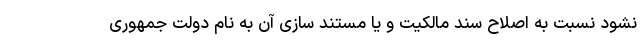
نشود نسبت به اصلاح سند مالکیت و یا مستند سازی آن به نام دولت جمهوری